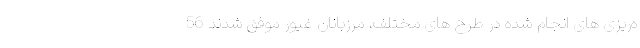
ه‌ریزی های انجام شده در طرح های مختلف، مرزبانان غیور موفق شدند 56